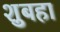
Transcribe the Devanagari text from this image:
शुबहा